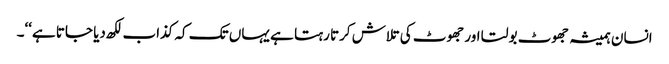
انسان ہمیشہ جھوٹ بولتا اور جھوٹ کی تلاش کرتا رہتا ہے یہاں تک کہ کذاب لکھ دیا جاتا ہے‘‘۔